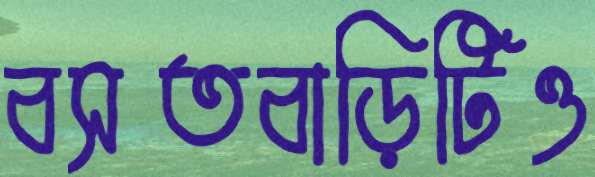
বসতবাড়িটিও